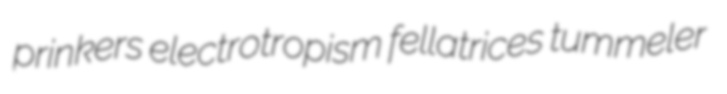
prinkers electrotropism fellatrices tummeler